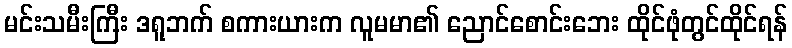
မင်းသမီးကြီး ဒရူဘက် စကားယားက လူမမာ၏ ညောင်စောင်းဘေး ထိုင်ဖုံတွင်ထိုင်ရန်